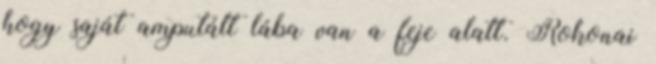
hogy saját amputált lába van a feje alatt. Rokonai